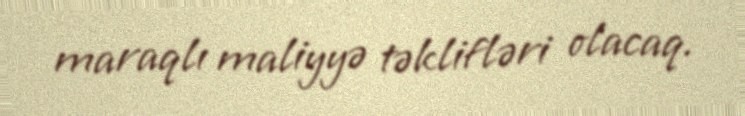
maraqlı maliyyə təklifləri olacaq.